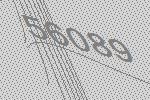
56089